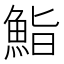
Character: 鮨